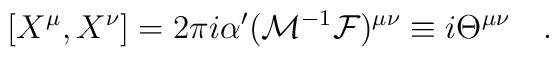
[X^{\mu},X^{\nu}] = 2\pi i \alpha^{\prime} ({\cal M}^{-1} {\cal F} )^{\mu\nu}\equiv i \Theta^{\mu\nu} \quad .